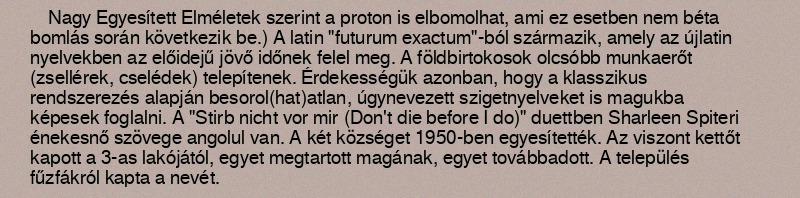
Nagy Egyesített Elméletek szerint a proton is elbomolhat, ami ez esetben nem béta bomlás során következik be.) A latin "futurum exactum"-ból származik, amely az újlatin nyelvekben az előidejű jövő időnek felel meg. A földbirtokosok olcsóbb munkaerőt (zsellérek, cselédek) telepítenek. Érdekességük azonban, hogy a klasszikus rendszerezés alapján besorol(hat)atlan, úgynevezett szigetnyelveket is magukba képesek foglalni. A "Stirb nicht vor mir (Don't die before I do)" duettben Sharleen Spiteri énekesnő szövege angolul van. A két községet 1950-ben egyesítették. Az viszont kettőt kapott a 3-as lakójától, egyet megtartott magának, egyet továbbadott. A település fűzfákról kapta a nevét.